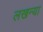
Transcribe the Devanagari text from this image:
लखन्या